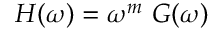
\begin{array} { r } { \begin{array} { r } { H ( \omega ) = \omega ^ { m } ~ G ( \omega ) } \end{array} } \end{array}